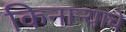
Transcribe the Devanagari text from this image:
किनाऱ्याचे